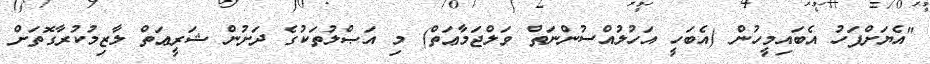
"އެޔަށްފަހު އެބައިމީހުން (އެބަހީ އަހުލުއްސުންނަތް ވަލްޖަމާޢަތް) މި އަޞްލުތަކުގެ ދަށުން ޝަރީޢަތް ލާޒިމުކުރާގޮތަށް